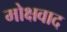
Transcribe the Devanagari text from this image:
मोक्षवाद